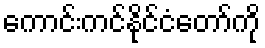
ကောင်းကင်နိုင်ငံတော်ကို